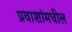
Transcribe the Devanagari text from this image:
प्रवाशांमधील